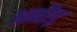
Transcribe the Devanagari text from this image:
अनौड़